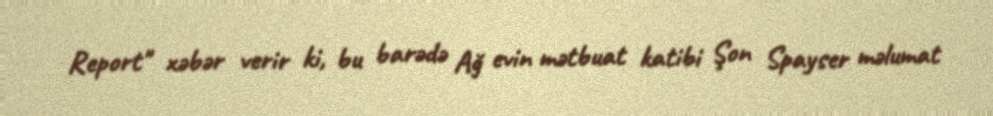
Report" xəbər verir ki, bu barədə Ağ evin mətbuat katibi Şon Spayser məlumat